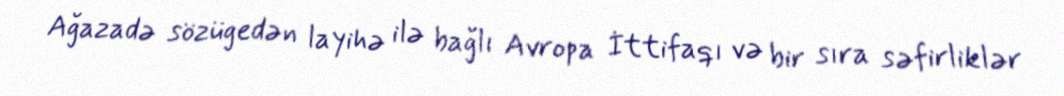
Ağazadə sözügedən layihə ilə bağlı Avropa İttifaqı və bir sıra səfirliklər